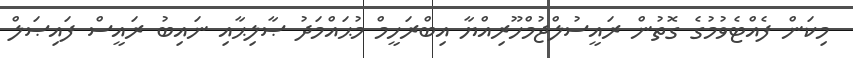
މިކަން ފެއްޓެވުމުގެ ގޮތުން ރައީސުލްޖުމްހޫރިއްޔާ އިބްރަހީމް މުޙައްމަދު ޞާލިޙާއި ނައިބު ރައީސް ފައިޞަލް